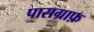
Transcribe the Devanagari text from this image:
पाराग्राफ़